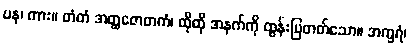
ပန၊ ကား။ တံတံ အတ္ထဇောတကံ၊ ထိုထို အနက်ကို ထွန်းပြတတ်သော။ အက္ခရံ၊